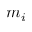
m _ { i }